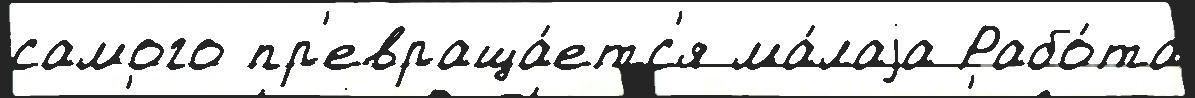
самого пр'евраща́етс'я ма́лаjа Рабо́та